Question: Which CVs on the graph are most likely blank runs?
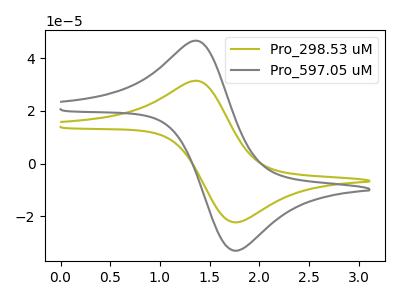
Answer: <think>The olive curve "Pro_298.53 uM" has an anodic peak at (1.40V, 31.40uA) and a cathodic peak at (1.75V, -22.25uA). The gray curve "Pro_597.05 uM" has an anodic peak at (1.40V, 46.55uA) and a cathodic peak at (1.75V, -33.05uA).</think>
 <answer>There are not any CV's on this graph that are likely to be blanks.</answer>
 <eval>none</eval>